Document type: Sale
Year: 1323
Scribe: Guillem Coscoll
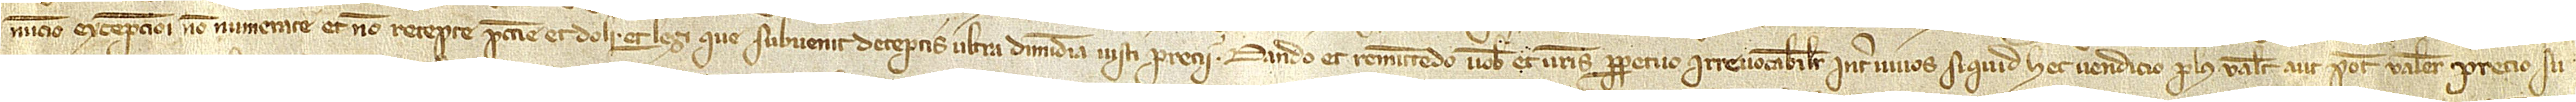
nuncio excepcioni non numerate et non recepte peccunie, et doli, et legi que subvenit deceptis ultra dimidiam iusti precii. Dando et remittendo vobis et vestris perpetuo irrevocabiliter inter vivos si quid hec vendicio plus valet aut potest valere precio su-